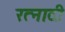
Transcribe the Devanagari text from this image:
रत्‍नादी